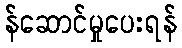
န်ဆောင်မှုပေးရန်